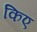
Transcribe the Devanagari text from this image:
किए